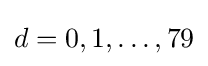
d=0,1,\dots ,79